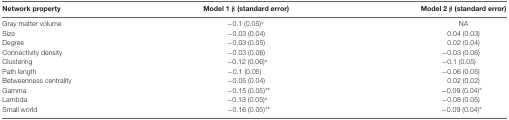
<table><thead><tr><td><b>Network property</b></td><td><b>Model 1 β (standard error)</b></td><td><b>Model 2 β (standard error)</b></td></tr></thead><tbody><tr><td>Gray matter volume</td><td>−0.1 (0.05)*</td><td>NA</td></tr><tr><td>Size</td><td>−0.03 (0.04)</td><td>0.04 (0.03)</td></tr><tr><td>Degree</td><td>−0.03 (0.05)</td><td>0.02 (0.04)</td></tr><tr><td>Connectivity density</td><td>−0.03 (0.06)</td><td>−0.03 (0.06)</td></tr><tr><td>Clustering</td><td>−0.12 (0.06)*</td><td>−0.1 (0.05)</td></tr><tr><td>Path length</td><td>−0.1 (0.05)</td><td>−0.06 (0.05)</td></tr><tr><td>Betweenness centrality</td><td>−0.05 (0.04)</td><td>0.02 (0.02)</td></tr><tr><td>Gamma</td><td>−0.15 (0.05)**</td><td>−0.09 (0.04)*</td></tr><tr><td>Lambda</td><td>−0.13 (0.05)*</td><td>−0.08 (0.05)</td></tr><tr><td>Small world</td><td>−0.16 (0.05)**</td><td>−0.09 (0.04)*</td></tr></tbody></table>